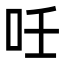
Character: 𠰃